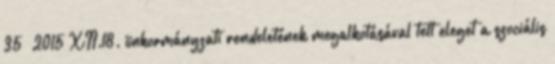
35 2015 XII.18. önkormányzati rendeletének megalkotásával tett eleget a szociális